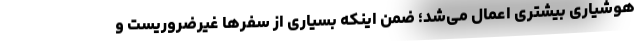
هوشیاری بیشتری اعمال می‌شد؛ ضمن اینکه بسیاری از سفرها غیرضروریست و